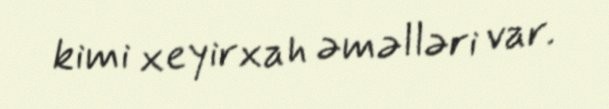
kimi xeyirxah əməlləri var.